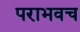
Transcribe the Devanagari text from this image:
पराभवच